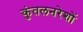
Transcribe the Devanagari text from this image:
कुंतलनरेशों